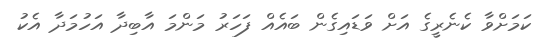
ކަމަށްވާ ކެނެރީގެ އަށް ވަޑައިގެން ބައެއް ފަހަރު މަންމަ އާބިދާ އަހުމަދާ އެކު